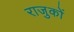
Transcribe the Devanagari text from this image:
राजुकों